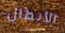
الأبطال